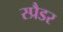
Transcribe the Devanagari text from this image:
स्प्रैडर